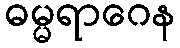
ဓမ္မရာဂေန